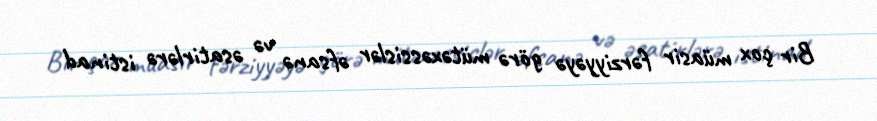
Bir çox müasir fərziyyəyə görə mütəxəssislər əfsanə və əsatirlərə istinad